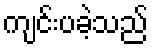
ကျင်းပခဲ့သည်